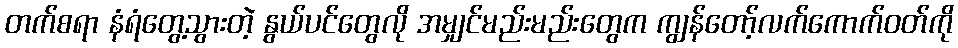
တက်စရာ နံရံတွေ့သွားတဲ့ နွယ်ပင်တွေလို အမျှင်မည်းမည်းတွေက ကျွန်တော့်လက်ကောက်ဝတ်ကို